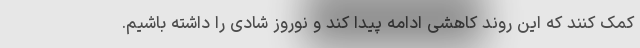
کمک کنند که این روند کاهشی ادامه پیدا کند و نوروز شادی را داشته باشیم.